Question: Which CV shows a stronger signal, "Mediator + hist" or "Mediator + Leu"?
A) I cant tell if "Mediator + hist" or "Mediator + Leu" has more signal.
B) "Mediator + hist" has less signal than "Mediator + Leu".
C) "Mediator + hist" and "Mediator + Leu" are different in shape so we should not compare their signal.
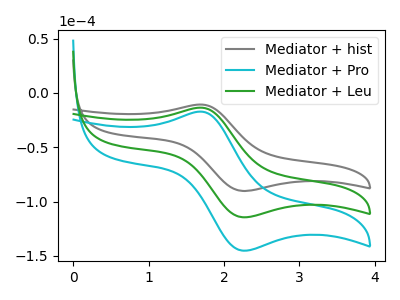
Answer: <think>The gray curve "Mediator + hist" has an anodic peak at (1.70V, -10.75uA) and a cathodic peak at (2.25V, -90.25uA). The cyan curve "Mediator + Pro" has an anodic peak at (1.70V, -27.20uA) and a cathodic peak at (2.25V, -228.95uA). The green curve "Mediator + Leu" has an anodic peak at (1.70V, -13.60uA) and a cathodic peak at (2.25V, -114.50uA).
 All the peaks in "Mediator + hist" have a peak in "Mediator + Leu" at the same potential.</think>
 <answer>A) I cant tell if "Mediator + hist" or "Mediator + Leu" has more signal.</answer>
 <eval>A</eval>